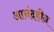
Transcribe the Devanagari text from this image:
आनंदहीन